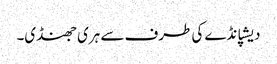
دیشپانڈے کی طرف سے ہری جھنڈی۔